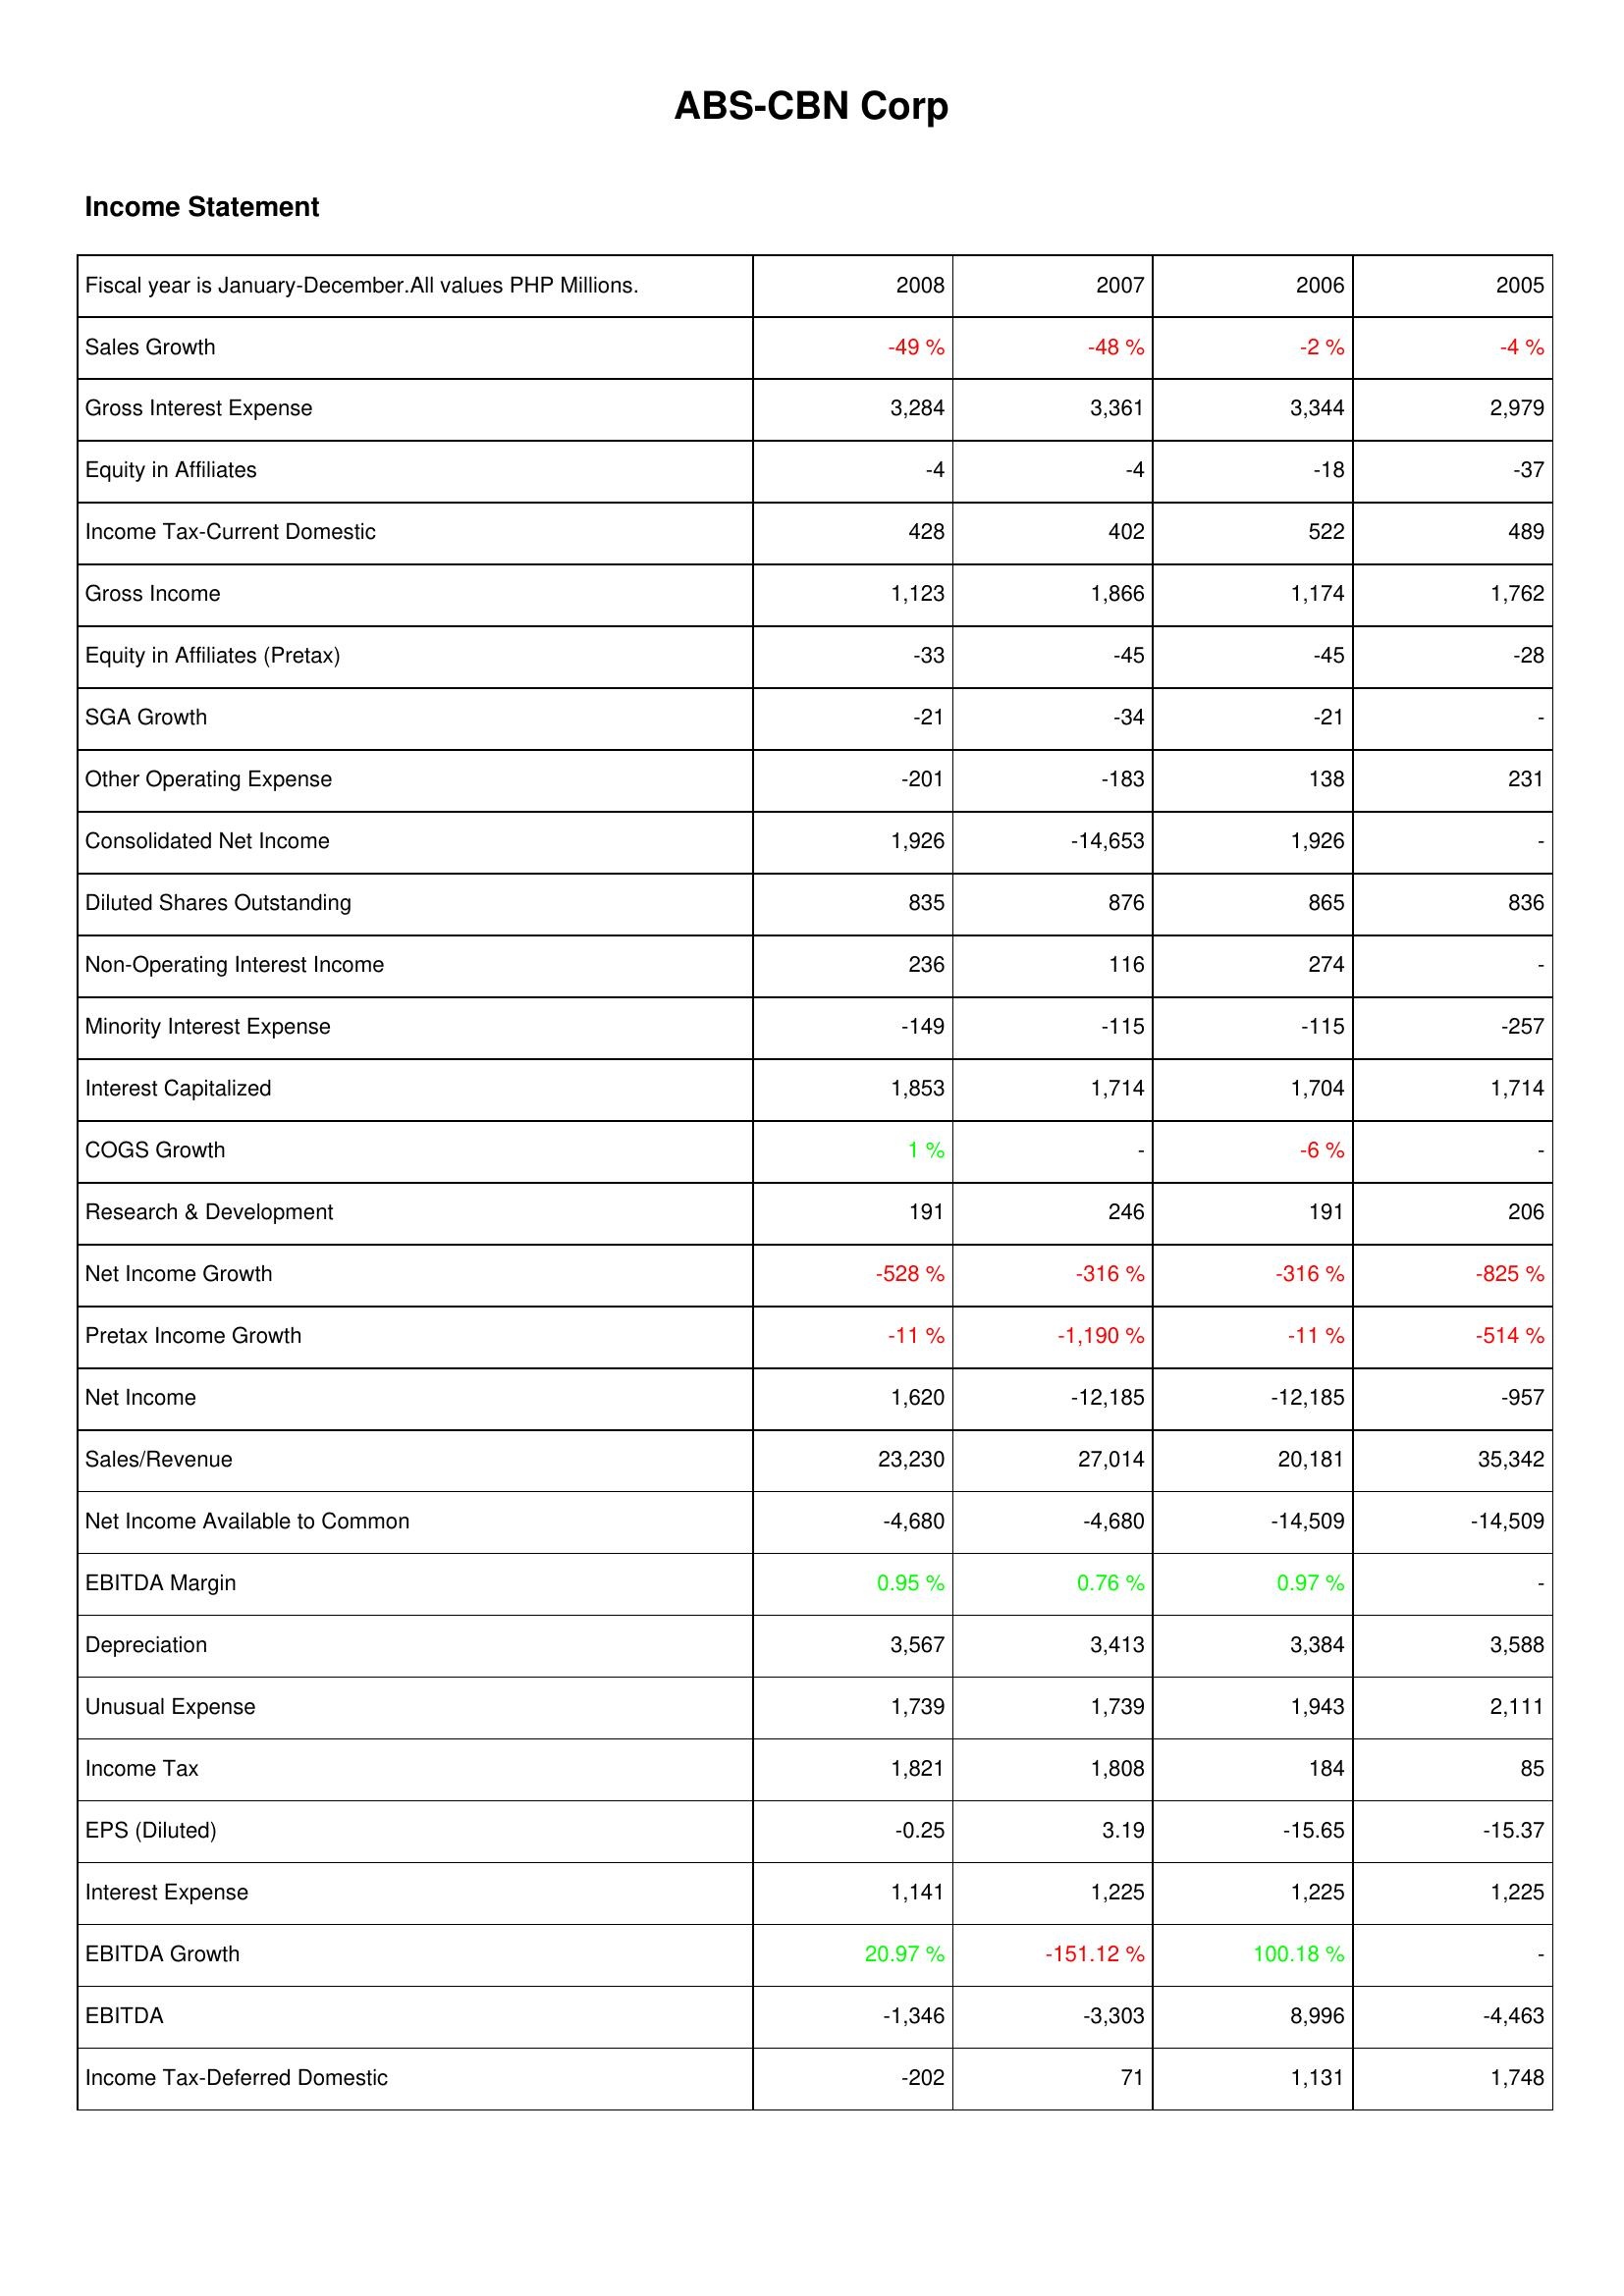
2008: Income Statement: Sales Growth: -49 %
Gross Interest Expense: 3,284
Equity in Affiliates: -4
Income Tax-Current Domestic: 428
Gross Income: 1,123
Equity in Affiliates (Pretax): -33
SGA Growth: -21
Other Operating Expense: -201
Consolidated Net Income: 1,926
Diluted Shares Outstanding: 835
Non-Operating Interest Income: 236
Minority Interest Expense: -149
Interest Capitalized: 1,853
COGS Growth: 1 %
Research & Development: 191
Net Income Growth: -528 %
Pretax Income Growth: -11 %
Net Income: 1,620
Sales/Revenue: 23,230
Net Income Available to Common: -4,680
EBITDA Margin: 0.95 %
Depreciation: 3,567
Unusual Expense: 1,739
Income Tax: 1,821
EPS (Diluted): -0.25
Interest Expense: 1,141
EBITDA Growth: 20.97 %
EBITDA: -1,346
Income Tax-Deferred Domestic: -202
2007: Income Statement: Sales Growth: -48 %
Gross Interest Expense: 3,361
Equity in Affiliates: -4
Income Tax-Current Domestic: 402
Gross Income: 1,866
Equity in Affiliates (Pretax): -45
SGA Growth: -34
Other Operating Expense: -183
Consolidated Net Income: -14,653
Diluted Shares Outstanding: 876
Non-Operating Interest Income: 116
Minority Interest Expense: -115
Interest Capitalized: 1,714
COGS Growth: -
Research & Development: 246
Net Income Growth: -316 %
Pretax Income Growth: -1,190 %
Net Income: -12,185
Sales/Revenue: 27,014
Net Income Available to Common: -4,680
EBITDA Margin: 0.76 %
Depreciation: 3,413
Unusual Expense: 1,739
Income Tax: 1,808
EPS (Diluted): 3.19
Interest Expense: 1,225
EBITDA Growth: -151.12 %
EBITDA: -3,303
Income Tax-Deferred Domestic: 71
2006: Income Statement: Sales Growth: -2 %
Gross Interest Expense: 3,344
Equity in Affiliates: -18
Income Tax-Current Domestic: 522
Gross Income: 1,174
Equity in Affiliates (Pretax): -45
SGA Growth: -21
Other Operating Expense: 138
Consolidated Net Income: 1,926
Diluted Shares Outstanding: 865
Non-Operating Interest Income: 274
Minority Interest Expense: -115
Interest Capitalized: 1,704
COGS Growth: -6 %
Research & Development: 191
Net Income Growth: -316 %
Pretax Income Growth: -11 %
Net Income: -12,185
Sales/Revenue: 20,181
Net Income Available to Common: -14,509
EBITDA Margin: 0.97 %
Depreciation: 3,384
Unusual Expense: 1,943
Income Tax: 184
EPS (Diluted): -15.65
Interest Expense: 1,225
EBITDA Growth: 100.18 %
EBITDA: 8,996
Income Tax-Deferred Domestic: 1,131
2005: Income Statement: Sales Growth: -4 %
Gross Interest Expense: 2,979
Equity in Affiliates: -37
Income Tax-Current Domestic: 489
Gross Income: 1,762
Equity in Affiliates (Pretax): -28
SGA Growth: -
Other Operating Expense: 231
Consolidated Net Income: -
Diluted Shares Outstanding: 836
Non-Operating Interest Income: -
Minority Interest Expense: -257
Interest Capitalized: 1,714
COGS Growth: -
Research & Development: 206
Net Income Growth: -825 %
Pretax Income Growth: -514 %
Net Income: -957
Sales/Revenue: 35,342
Net Income Available to Common: -14,509
EBITDA Margin: -
Depreciation: 3,588
Unusual Expense: 2,111
Income Tax: 85
EPS (Diluted): -15.37
Interest Expense: 1,225
EBITDA Growth: -
EBITDA: -4,463
Income Tax-Deferred Domestic: 1,748